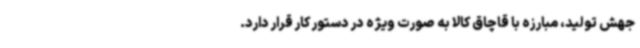
جهش تولید، مبارزه با قاچاق کالا به صورت ویژه در دستور کار قرار دارد.